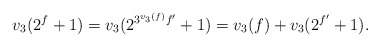
\begin{align*}v_3(2^f+1)=v_3(2^{3^{v_3(f)}f'}+1)=v_3(f)+v_3(2^{f'}+1).\end{align*}